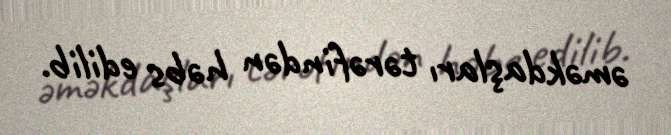
əməkdaşları tərəfindən həbs edilib.